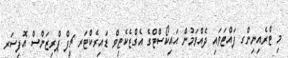
މި ޓްރެއިނިންގ ފައްޓަވައި ދެއްވަމުން އައިކޯސްޓްގެ އެގްޒެކެޓިވް ޑައިރެކްޓަރ ޗީފް ޕްރިޒަންސް އޮފިސަރ